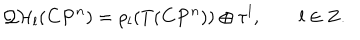
LaTeX: { \cal Q H } _ { l } ( { \bf C P } ^ { n } ) = \rho _ { l } ( T ( { \bf C P } ^ { n } ) ) \oplus \tau ^ { l } , \qquad l \in { \bf Z } .